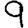
Digit: 9